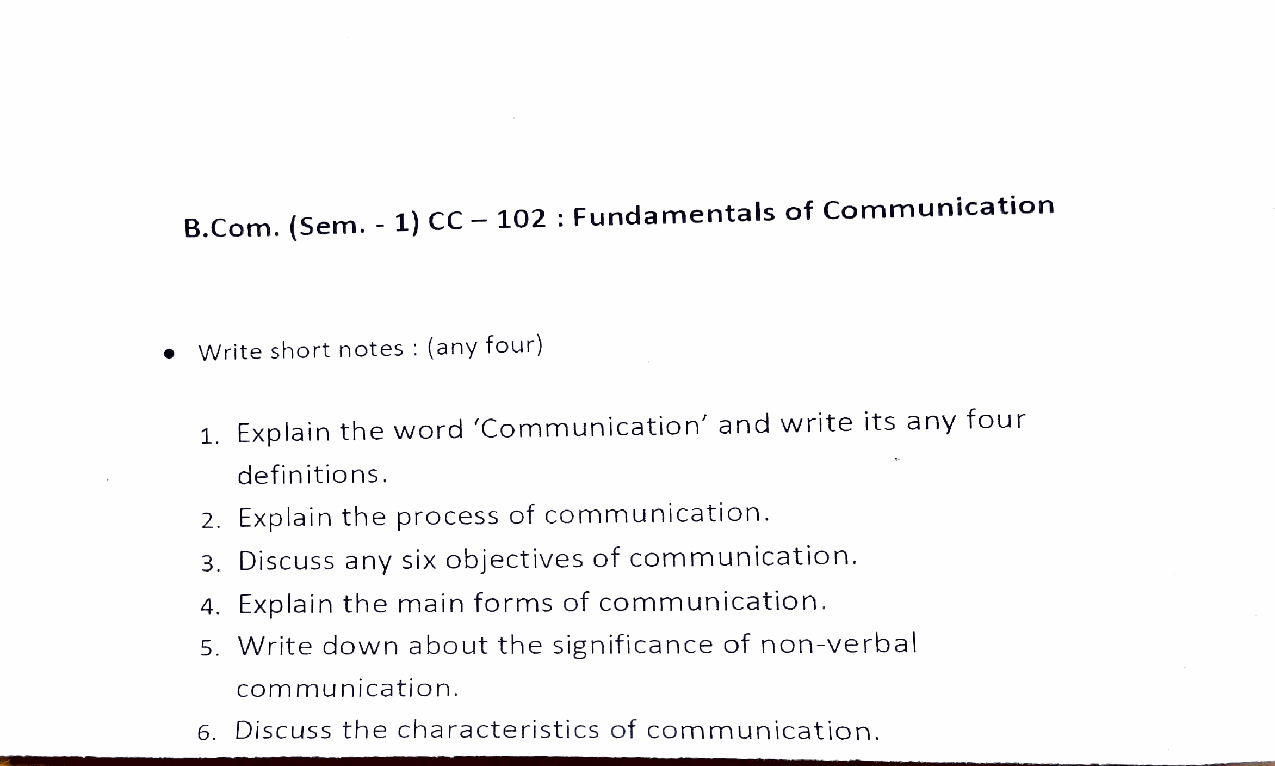
B.Com. (Sem. - 1) CC- 102 : Fundamentals of Communication
 Write  short notes (any four)
 1. Explain the word 'Communication' and write its any four
 definitions.
 2. Explain the process of communication.
 3. Discuss any six objectives of communication.
 4. Explain the main forms of communication.
 5. Write down about the significance of non-verbal
 communication.
 6. Discuss the characteristics of communication.